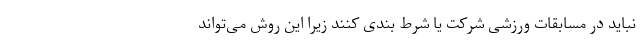
نباید در مسابقات ورزشی شرکت یا شرط بندی کنند زیرا این روش می‌تواند